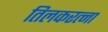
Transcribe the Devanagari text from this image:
तिलकरत्ना